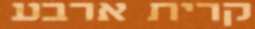
קרית ארבע